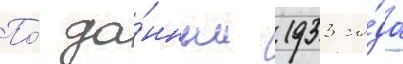
По́ да́нным 1933 го́да